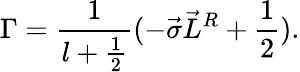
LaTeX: {\Gamma}=\frac{1}{l+\frac{1}{2}}(-\vec{\sigma}\vec{L}^{R}+\frac{1}{2}).